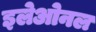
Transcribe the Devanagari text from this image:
इलेओनल